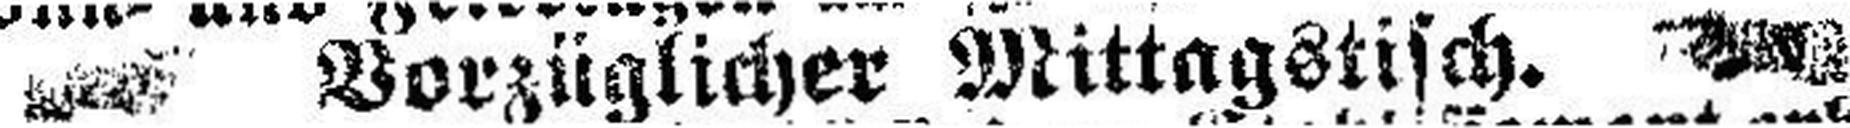
Vorzüglicher Mittagstisch.